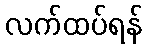
လက်ထပ်ရန်